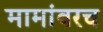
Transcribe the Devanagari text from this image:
मामांवरच